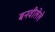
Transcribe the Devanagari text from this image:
बनवीलेले